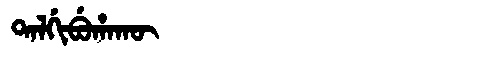
Manchu: ᡨᠠᠯᡤᡳᠪᡠᡥᠠᡴᡡ
Romanization: TALGIBUHAKŪ